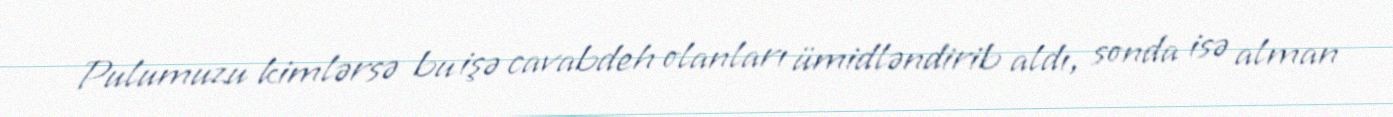
Pulumuzu kimlərsə bu işə cavabdeh olanları ümidləndirib aldı, sonda isə alman